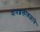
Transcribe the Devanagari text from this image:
योगशक्तीबळाने